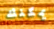
يمكنك